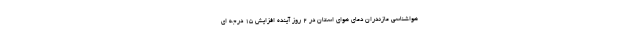
هواشناسی مازندران دمای هوای استان در ۲ روز آینده افزایش ۱۵ درجه ای